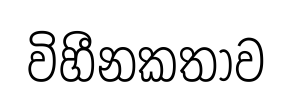
විහීනකතාව